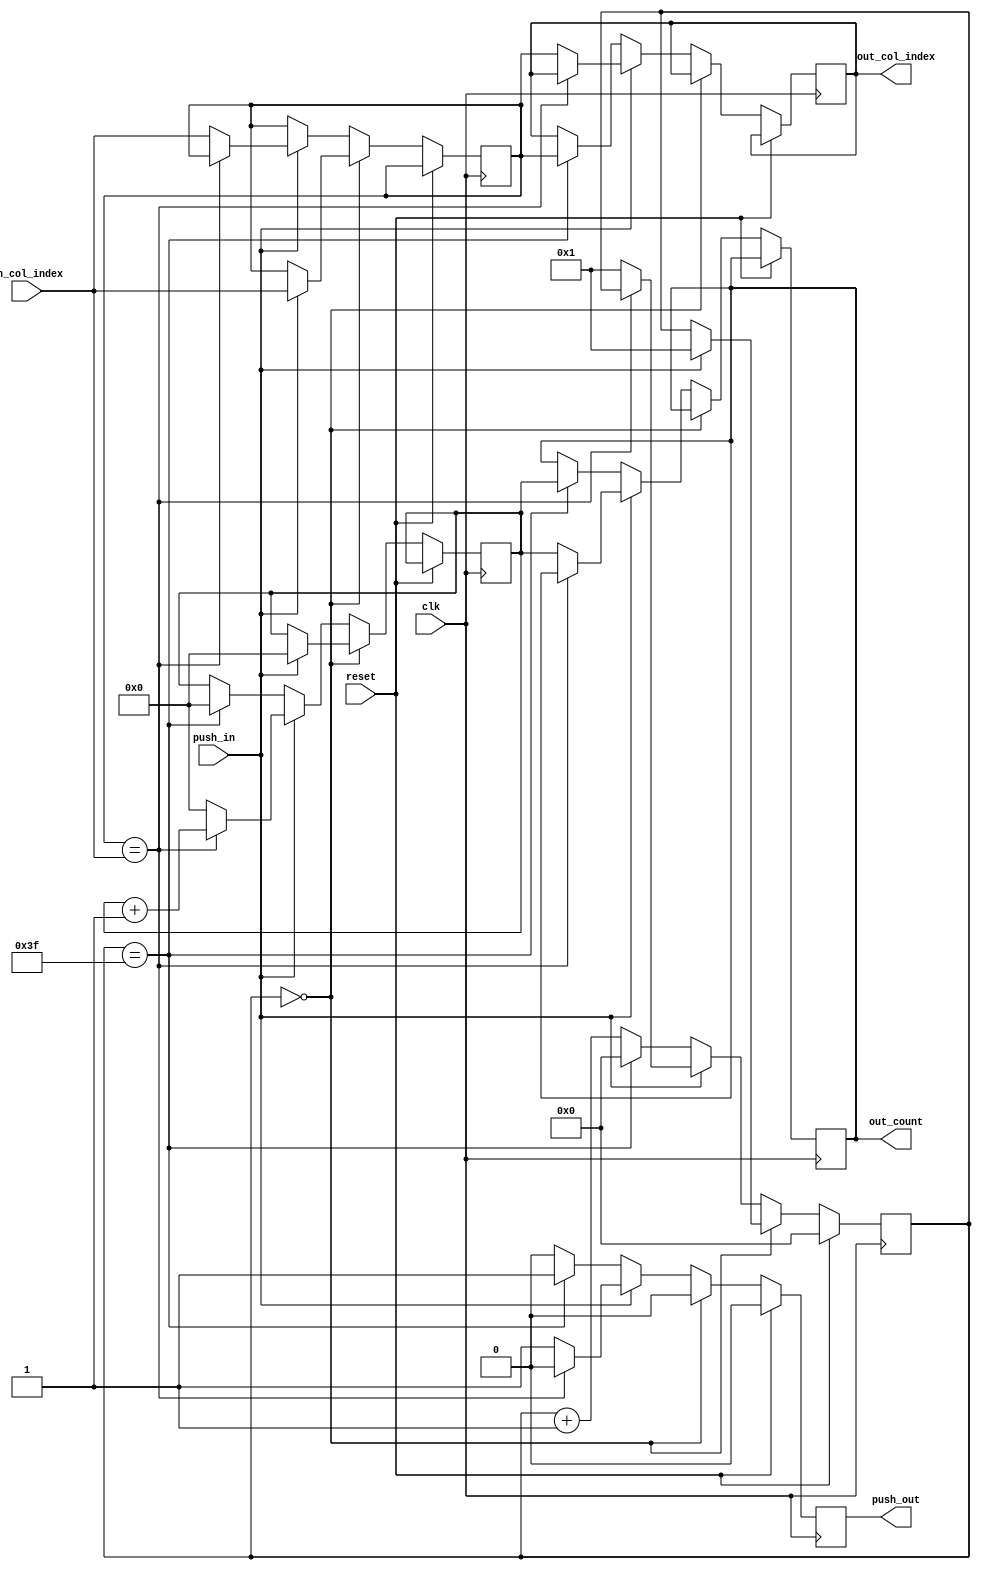
`timescale 1 ns / 1 ps
module column_counter(
    input reset,
    input clk,
    input push_in,
    output push_out,
    input [31:0] in_col_index,
    output [31:0] out_col_index,
    output [4:0] out_count
);
//TODO: fix counter bug
    reg r_push_out;
    reg [31:0] col_index;
    reg [4:0] counter;
    reg [5:0] timer;
    reg [4:0] r_out_count;
    reg [31:0] col_out_index;
    always @(posedge clk) begin
        if(reset) begin
            timer <= 0;
            r_push_out <= 0;
        end else begin
            r_push_out <= 0;
            if(timer == 0) begin
                if(push_in) begin
                    col_index <= in_col_index;
                    timer <= 1;
                    counter <= 0;
                end
            end else begin
                timer <= timer + 1;
                if(push_in) begin
                    if(col_index == in_col_index) begin
                        counter <= counter + 1;
                        timer <= timer;
                    end else begin
                        counter <= 0;
                        r_push_out <= 1;
                        r_out_count <= counter;
                        col_out_index <= col_index;
                        timer <= 1;
                        col_index <= in_col_index;
                    end
                end else if(timer == 6'H3F) begin
                    counter <= 0;
                    r_push_out <= 1;
                    r_out_count <= counter;
                    col_out_index <= col_index;
                    timer <= 0;
                end
            end
        end
    end
    assign push_out = r_push_out;
    assign out_col_index = col_out_index; //TODO: questionable name
    assign out_count = r_out_count;

endmodule